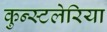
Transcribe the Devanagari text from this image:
कुन्स्टलेरिया